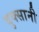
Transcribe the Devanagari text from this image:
बुक्सानी